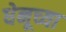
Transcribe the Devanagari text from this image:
धेनूच्या